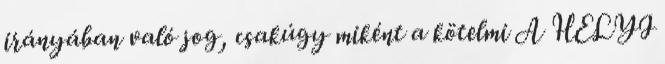
irányában való jog, csakúgy miként a kötelmi A HELYI